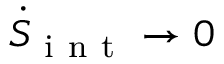
\dot { S } _ { \mathrm { ~ i ~ n ~ t ~ } } \rightarrow 0